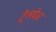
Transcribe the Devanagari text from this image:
ट्रेलवेज़